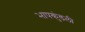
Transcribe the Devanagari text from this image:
भापकुंडली